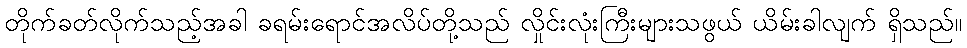
တိုက်ခတ်လိုက်သည့်အခါ ခရမ်းရောင်အလိပ်တို့သည် လှိုင်းလုံးကြီးများသဖွယ် ယိမ်းခါလျက် ရှိသည်။